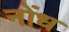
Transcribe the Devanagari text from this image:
नोंध